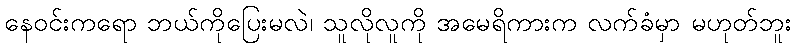
နေဝင်းကရော ဘယ်ကိုပြေးမလဲ၊ သူလိုလူကို အမေရိကားက လက်ခံမှာ မဟုတ်ဘူး